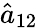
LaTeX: \hat{a}_{12}